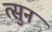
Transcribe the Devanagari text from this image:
त्सुन